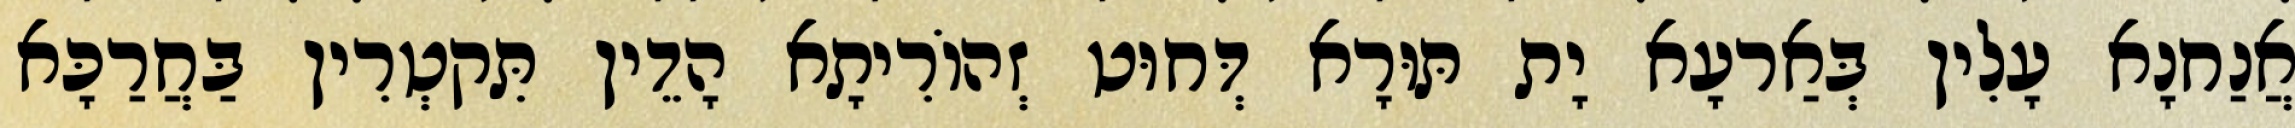
אֲנַחנָא עָלִין בְּאַרעָא יָת תּוּרָא דְּחוּט זְהוֹרִיתָא הָדֵין תִּקטְרִין בַּחֲרַכָּא